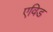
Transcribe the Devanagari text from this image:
एविड